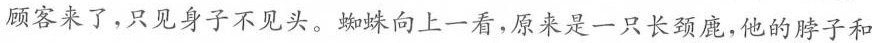
顾客来了，只见身子不见头。蜘蛛向上一看，原来是一只长颈鹿，他的脖子和